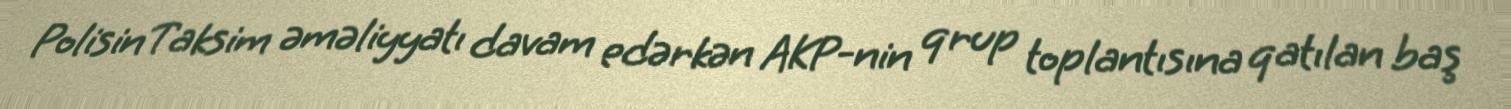
Polisin Taksim əməliyyatı davam edərkən AKP-nin qrup toplantısına qatılan baş